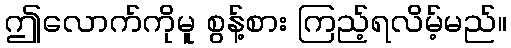
ဤလောက်ကိုမူ စွန့်စား ကြည့်ရလိမ့်မည်။